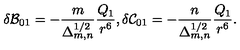
\delta { \cal B } _ { 0 1 } = - \frac { m } { \Delta _ { m , n } ^ { 1 / 2 } } \frac { Q _ { 1 } } { r ^ { 6 } } , \delta { \cal C } _ { 0 1 } = - \frac { n } { \Delta _ { m , n } ^ { 1 / 2 } } \frac { Q _ { 1 } } { r ^ { 6 } } .